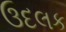
ઉદલક